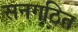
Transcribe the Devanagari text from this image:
सनगठित